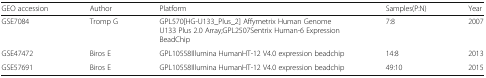
| GEO accession | Author | Platform | Samples(P:N) | Year |
 | --- | --- | --- | --- | --- |
 | GSE7084 | Tromp G | GPL570[HG-U133_Plus_2] Affymetrix Human Genome U133 Plus 2.0 Array;GPL2507Sentrix Human-6 Expression BeadChip | 7:8 | 2007 |
 | GSE47472 | Biros E | GPL10558Illumina HumanHT-12 V4.0 expression beadchip | 14:8 | 2013 |
 | GSE57691 | Biros E | GPL10558Illumina HumanHT-12 V4.0 expression beadchip | 49:10 | 2015 |